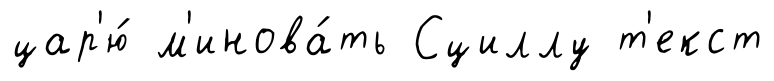
цар'ю́ м'инова́ть Сциллу т'екст